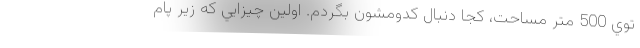
توي 500 متر مساحت، كجا دنبال كدومشون بگردم. اولين چيزايي كه زير پام